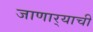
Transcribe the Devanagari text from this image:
जाणार्‍याची